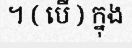
។ ( បើ ) ក្នុង